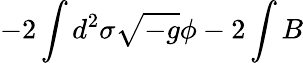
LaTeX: -2\int d^{2}\sigma\sqrt{-g}\phi-2\int B